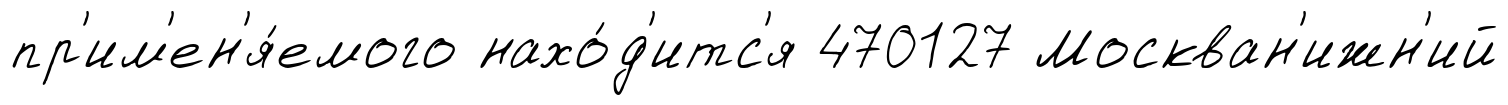
пр'им'ен'я́емого нахо́д'итс'я 470127 Москван'ижн'ий